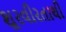
શૂરવીરતાથી